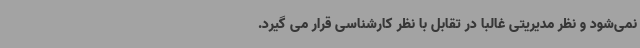
نمی‌شود و نظر مدیریتی غالباً در تقابل با نظر کارشناسی قرار می گیرد.